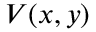
V ( x , y )